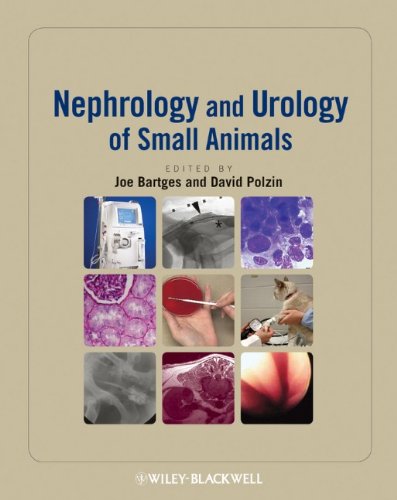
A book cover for Nephrology and Urology of Small Animals; Medical Books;